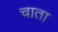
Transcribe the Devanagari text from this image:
चाता